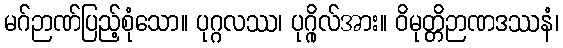
မဂ်ဉာဏ်ပြည့်စုံသော။ ပုဂ္ဂလဿ၊ ပုဂ္ဂိုလ်အား။ ဝိမုတ္တိဉာဏဒဿနံ၊